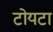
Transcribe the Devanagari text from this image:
टोयटा